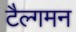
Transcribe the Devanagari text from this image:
टैल्गमन